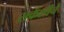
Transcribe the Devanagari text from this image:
सर्कशीचे